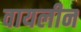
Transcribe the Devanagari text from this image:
वायलीन